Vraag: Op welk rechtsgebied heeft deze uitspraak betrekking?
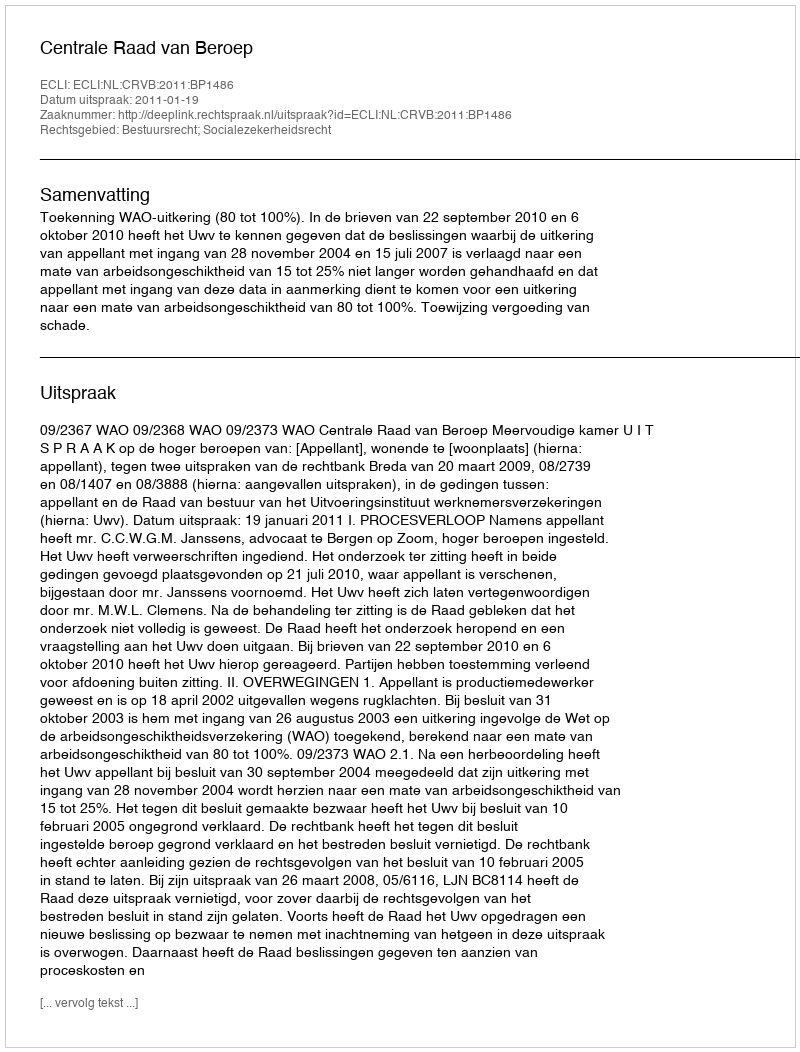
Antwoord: Bestuursrecht; Socialezekerheidsrecht